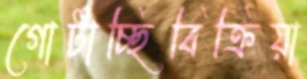
গোটাচ্ছিবিক্রিয়া